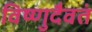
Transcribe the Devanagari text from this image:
विष्णुदैवतं